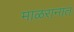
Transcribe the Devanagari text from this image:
माळरानात